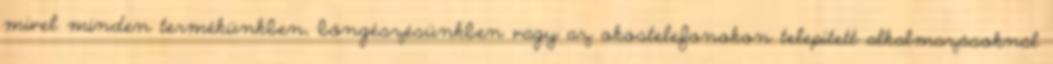
mivel minden termékünkben, böngészésünkben vagy az okostelefonokon telepített alkalmazásoknál